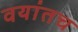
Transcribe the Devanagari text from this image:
वयांतच